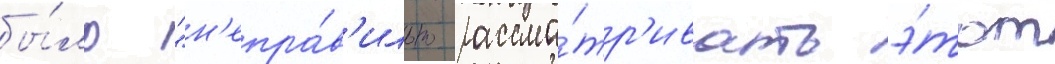
бы́ло "н'епра́в'ильно рассма́тр'ивать э́тот